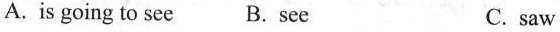
A.is going to see B.see C.saw